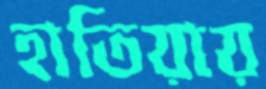
হাতিয়ায়